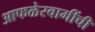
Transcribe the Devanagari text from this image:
आफळेस्वामींची